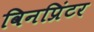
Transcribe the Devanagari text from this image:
विनप्रिंटर